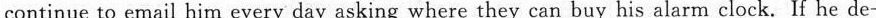
continue to email him every day asking where they can buy his alarm clock. If he de-